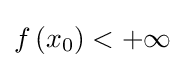
f\left(x_{0}\right)<+\infty